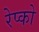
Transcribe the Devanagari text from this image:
रेप्को